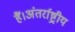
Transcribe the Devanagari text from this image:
हैं।अंतर्राष्ट्रीय